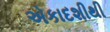
એકાદશીથી